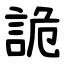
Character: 詭